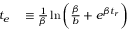
\begin{array} { r l } { t _ { e } } & { { } \equiv \frac { 1 } { \beta } \ln { \bigg ( \frac { \beta } { b } + e ^ { \beta t _ { r } } \bigg ) } } \end{array}